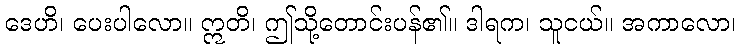
ဒေဟိ၊ ပေးပါလော။ ဣတိ၊ ဤသို့တောင်းပန်၏။ ဒါရက၊ သူငယ်။ အကာလော၊